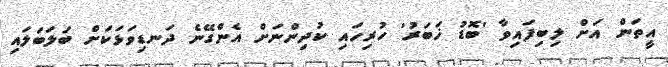
އީތަން އަށް ލިބިފައިވާ 'ބޮޑު ޚަބަރު' ހުރިހައި ކުދިންނަށް އެންގޭނެ ދަނޑިވަޅަކަށް ބަލަބަލައި